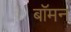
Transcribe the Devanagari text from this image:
बॉमन